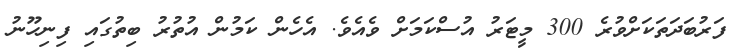
ފަރުބަދަތަކަށްވުރެ 300 މީޓަރު އުސްކަމަށް ވެއެވެ. އެހެން ކަމުން އުތުރު ބިތުގައި ފިނިހޫނު